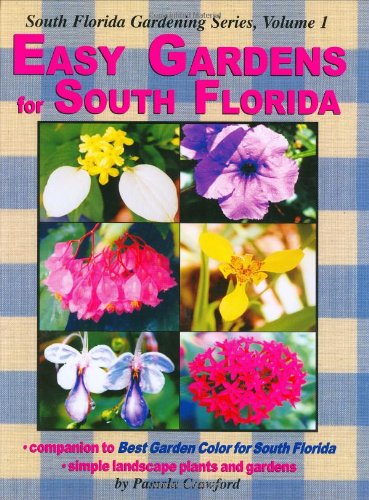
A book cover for Easy Gardens for South Florida (South Florida Gardening); Pamela Crawford; Crafts, Hobbies & Home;